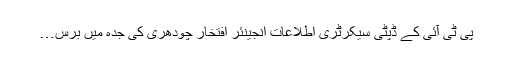
پی ٹی آئی کے ڈپٹی سیکرٹری اطلاعات انجینئر افتخار چودھری کی جدہ میں برس…